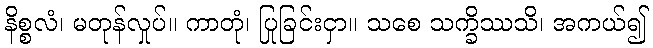
နိစ္စလံ၊ မတုန်လှုပ်။ ကာတုံ၊ ပြုခြင်းငှာ။ သစေ သက္ခိဿသိ၊ အကယ်၍